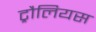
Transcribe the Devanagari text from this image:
ट्रौलियस